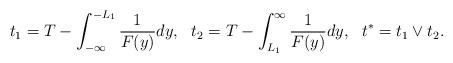
LaTeX: \begin{align*}t_{1}=T-\int_{-\infty}^{-L_{1}}\frac{1}{F(y)}dy,\ \ t_{2}=T-\int_{L_{1}}^{\infty}\frac{1}{F(y)}dy,\ \ t^{\ast}=t_{1}\vee t_{2}.\end{align*}